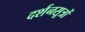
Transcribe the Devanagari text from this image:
दर्शनसूत्रों